Senior Leaving Certificate Examination (including Day School Certificate (Higher) General paper), 1948
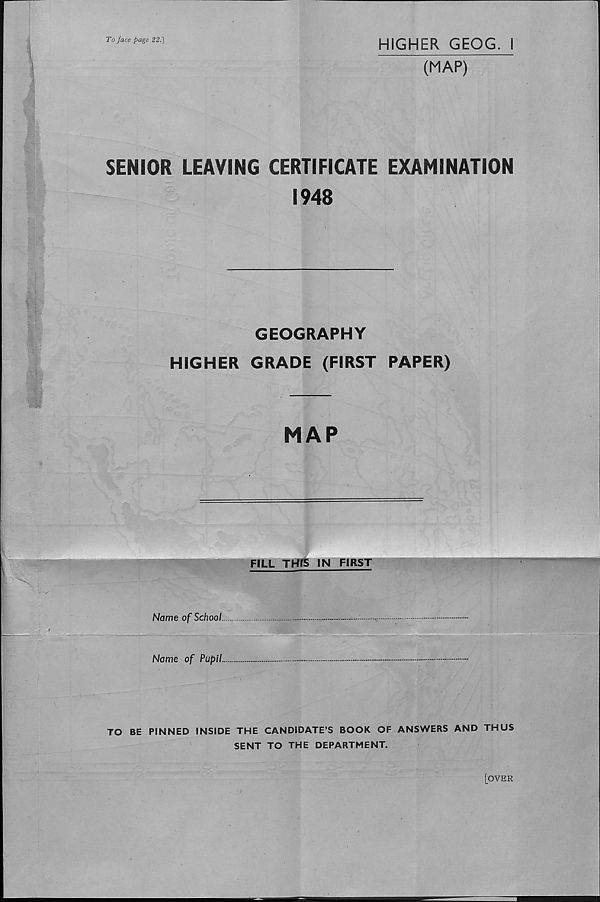
To face page 22.]
HIGHER GEOG. I
(MAP)
SENIOR LEAVING CERTIFICATE EXAMINATION
1948
GEOGRAPHY
HIGHER GRADE (FIRST PAPER)
MAP
FILUTfflS IN FIRST
Name of School.
Name of Pupil.
TO BE PINNED INSIDE THE CANDIDATE’S BOOK OF ANSWERS AND THUS
SENT TO THE DEPARTMENT.
[over